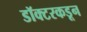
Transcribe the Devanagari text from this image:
डॉक्‍टरकडून